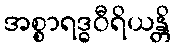
အစ္စာရဒ္ဓဝီရိယန္တိ